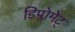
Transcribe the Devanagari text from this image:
डिप्लोमेट्